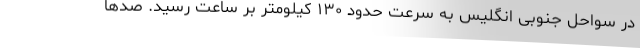
در سواحل جنوبی انگلیس به سرعت حدود ۱۳۰ کیلومتر بر ساعت رسید. صدها